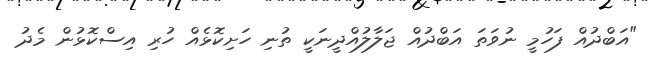
"އަބްދުއް ފަހުމީ ނުވަތަ އަބްދުއް ޖަލާލުއްދީނަކީ ތުނި ހަށިކޮޅެއް ހުރި އިސްކޮޅުން މެދު